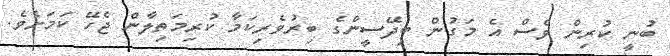
ބުނީ ކުރިން ވެސް އެ މަގުން ބިދޭސީންގެ ބިރުވެރިކަމާ ކުރިމަތިލާން ޖެހޭ ކަމަށެވެ.